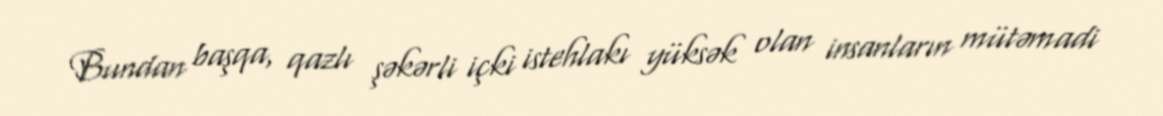
Bundan başqa, qazlı şəkərli içki istehlakı yüksək olan insanların mütəmadi